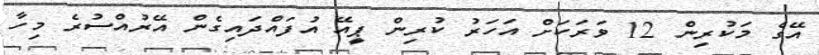
އޭގެ މަކުރިން 12 ވަރަކަށް އަހަރު ކުރިން ޕީއޭ އުފައްދައިގެން އޭރުއްސުރެ މިހާ